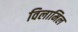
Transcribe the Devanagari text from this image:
विलामिल